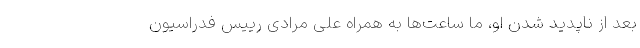
بعد از ناپدید شدن او، ما ساعت‌ها به همراه علی مرادی رییس فدراسیون